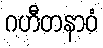
ဂဟီတနာဝံ